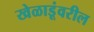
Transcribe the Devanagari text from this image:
खेळाडूंवरील